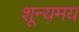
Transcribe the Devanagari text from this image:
शून्यमय